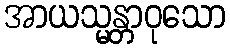
အာယသ္မန္တာဝုသော